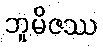
ဘူမိဇဿ